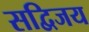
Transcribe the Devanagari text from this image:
सद्विजय